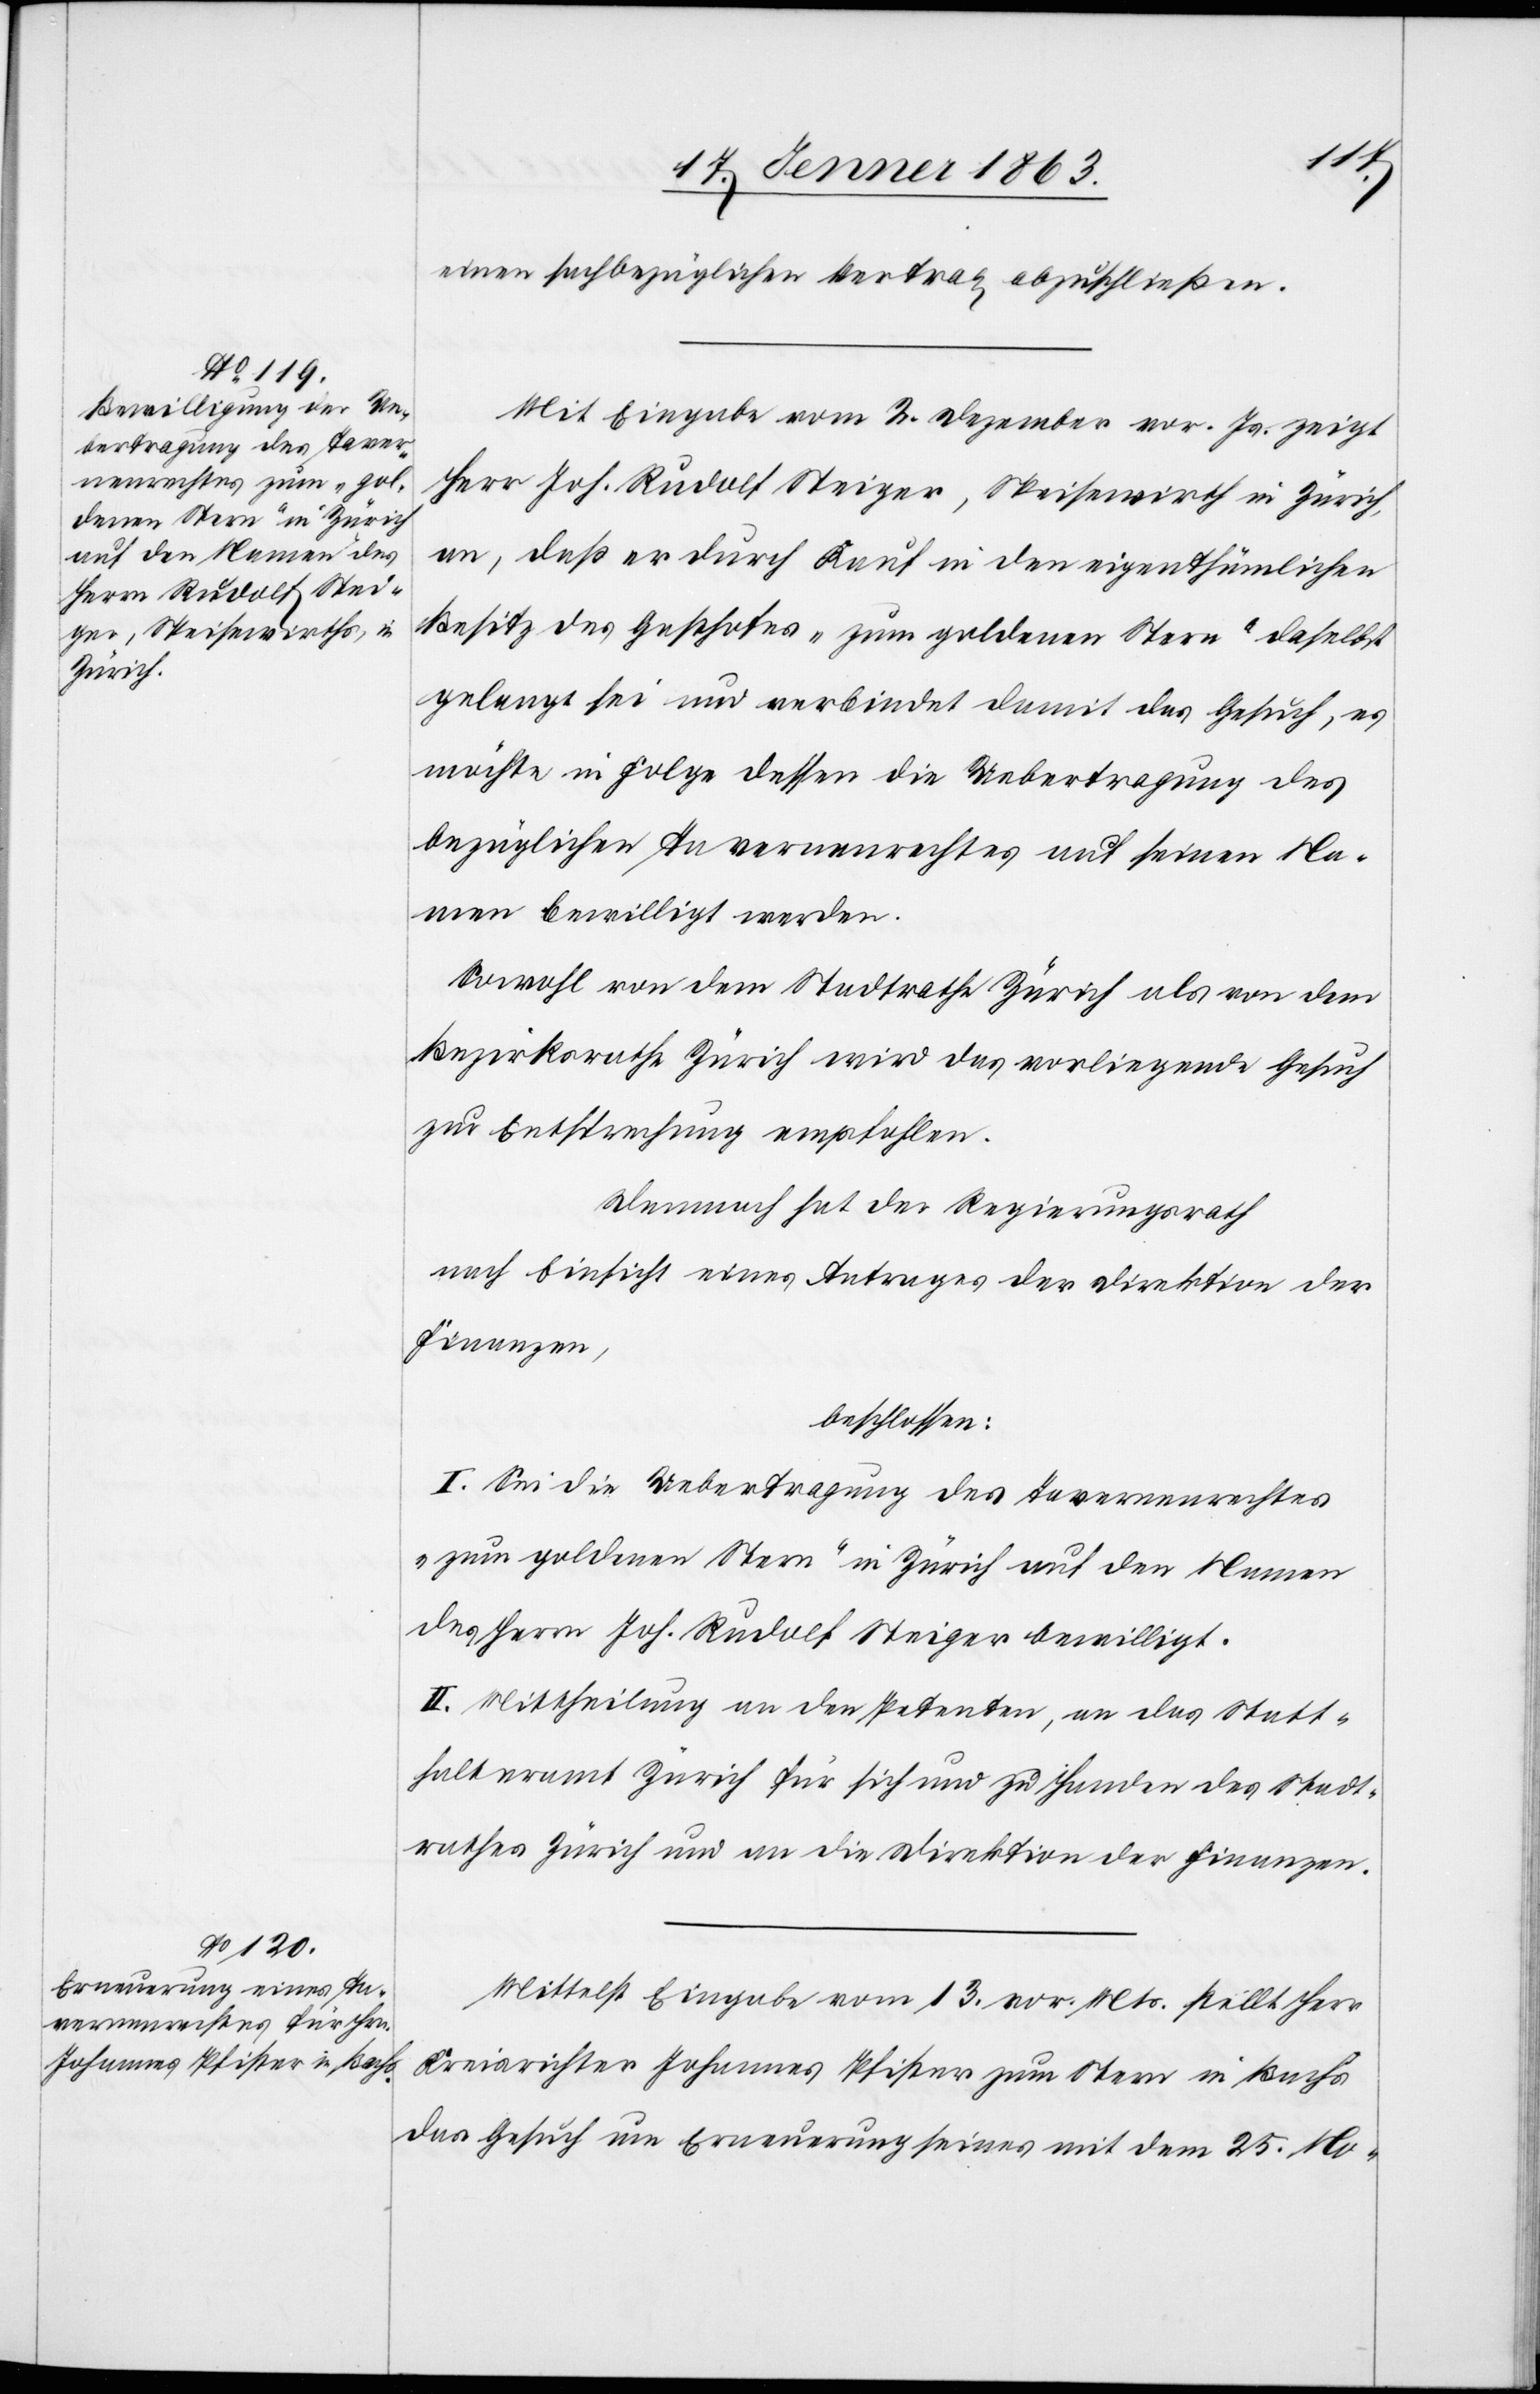
einen sachbezüglichen Vertrag abzuschließen.
Mit Eingabe vom 2. Dezember vor. Js. zeigt
Herr Joh. Rudolf Steiger, Speisewirth in Zürich,
an, daß er durch Kauf in den eigenthümlichen
Besitz des Gasthofes „zum goldenen Stern“ daselbst
gelangt sei und verbindet damit das Gesuch, es
möchte in Folge dessen die Uebertragung des
bezüglichen Tavernenrechtes auf seinen Na¬
men bewilligt werden.
Sowohl von dem Stadtrathe Zürich als von dem
Bezirksrathe Zürich wird das vorliegende Gesuch
zur Entsprechung empfohlen.
Demnach hat der Regierungsrath
nach Einsicht eines Antrages der Direktion der
Finanzen,
beschlossen:
I. Sei die Uebertragung des Tavernenrechtes
„zum goldenen Stern“ in Zürich auf den Namen
des Herrn Joh. Rudolf Steiger bewilligt.
II. Mittheilung an den Petenten, an das Statt¬
halteramt Zürich für sich und zu Handen des Stadt¬
rathes Zürich und an die Direktion der Finanzen.
Mittelst Eingabe vom 13. vor. Mts. stellt Herr
Kreisrichter Johannes Pfister zum Stern in Bachs
das Gesuch um Erneuerung seines mit dem 25. No-